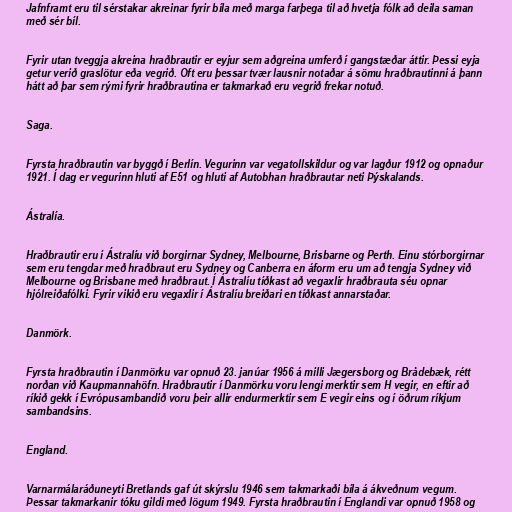
Jafnframt eru til sérstakar akreinar fyrir bíla með marga farþega til að hvetja fólk að deila saman
með sér bíl.

Fyrir utan tveggja akreina hraðbrautir er eyjur sem aðgreina umferð í gangstæðar áttir. Þessi eyja
getur verið graslötur eða vegrið. Oft eru þessar tvær lausnir notaðar á sömu hraðbrautinni á þann
hátt að þar sem rými fyrir hraðbrautina er takmarkað eru vegrið frekar notuð.

Saga.

Fyrsta hraðbrautin var byggð í Berlín. Vegurinn var vegatollskildur og var lagður 1912 og opnaður
1921. Í dag er vegurinn hluti af E51 og hluti af Autobhan hraðbrautar neti Þýskalands.

Ástralía.

Hraðbrautir eru í Ástralíu við borgirnar Sydney, Melbourne, Brisbarne og Perth. Einu stórborgirnar
sem eru tengdar með hraðbraut eru Sydney og Canberra en áform eru um að tengja Sydney við
Melbourne og Brisbane með hraðbraut. Í Ástralíu tíðkast að vegaxlir hraðbrauta séu opnar
hjólreiðafólki. Fyrir vikið eru vegaxlir í Ástralíu breiðari en tíðkast annarstaðar.

Danmörk.

Fyrsta hraðbrautin í Danmörku var opnuð 23. janúar 1956 á milli Jægersborg og Brådebæk, rétt
norðan við Kaupmannahöfn. Hraðbrautir í Danmörku voru lengi merktir sem H vegir, en eftir að
ríkið gekk í Evrópusambandið voru þeir allir endurmerktir sem E vegir eins og í öðrum ríkjum
sambandsins.

England.

Varnarmálaráðuneyti Bretlands gaf út skýrslu 1946 sem takmarkaði bíla á ákveðnum vegum.
Þessar takmarkanir tóku gildi með lögum 1949. Fyrsta hraðbrautin í Englandi var opnuð 1958 og